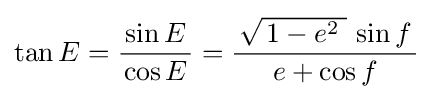
\tan E={\frac {\,\sin E\,}{\cos E}}={\frac {\,{\sqrt {\,1-e^{2}\;}}\,\sin f\,}{e+\cos f}}~